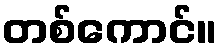
တစ်ကောင်။